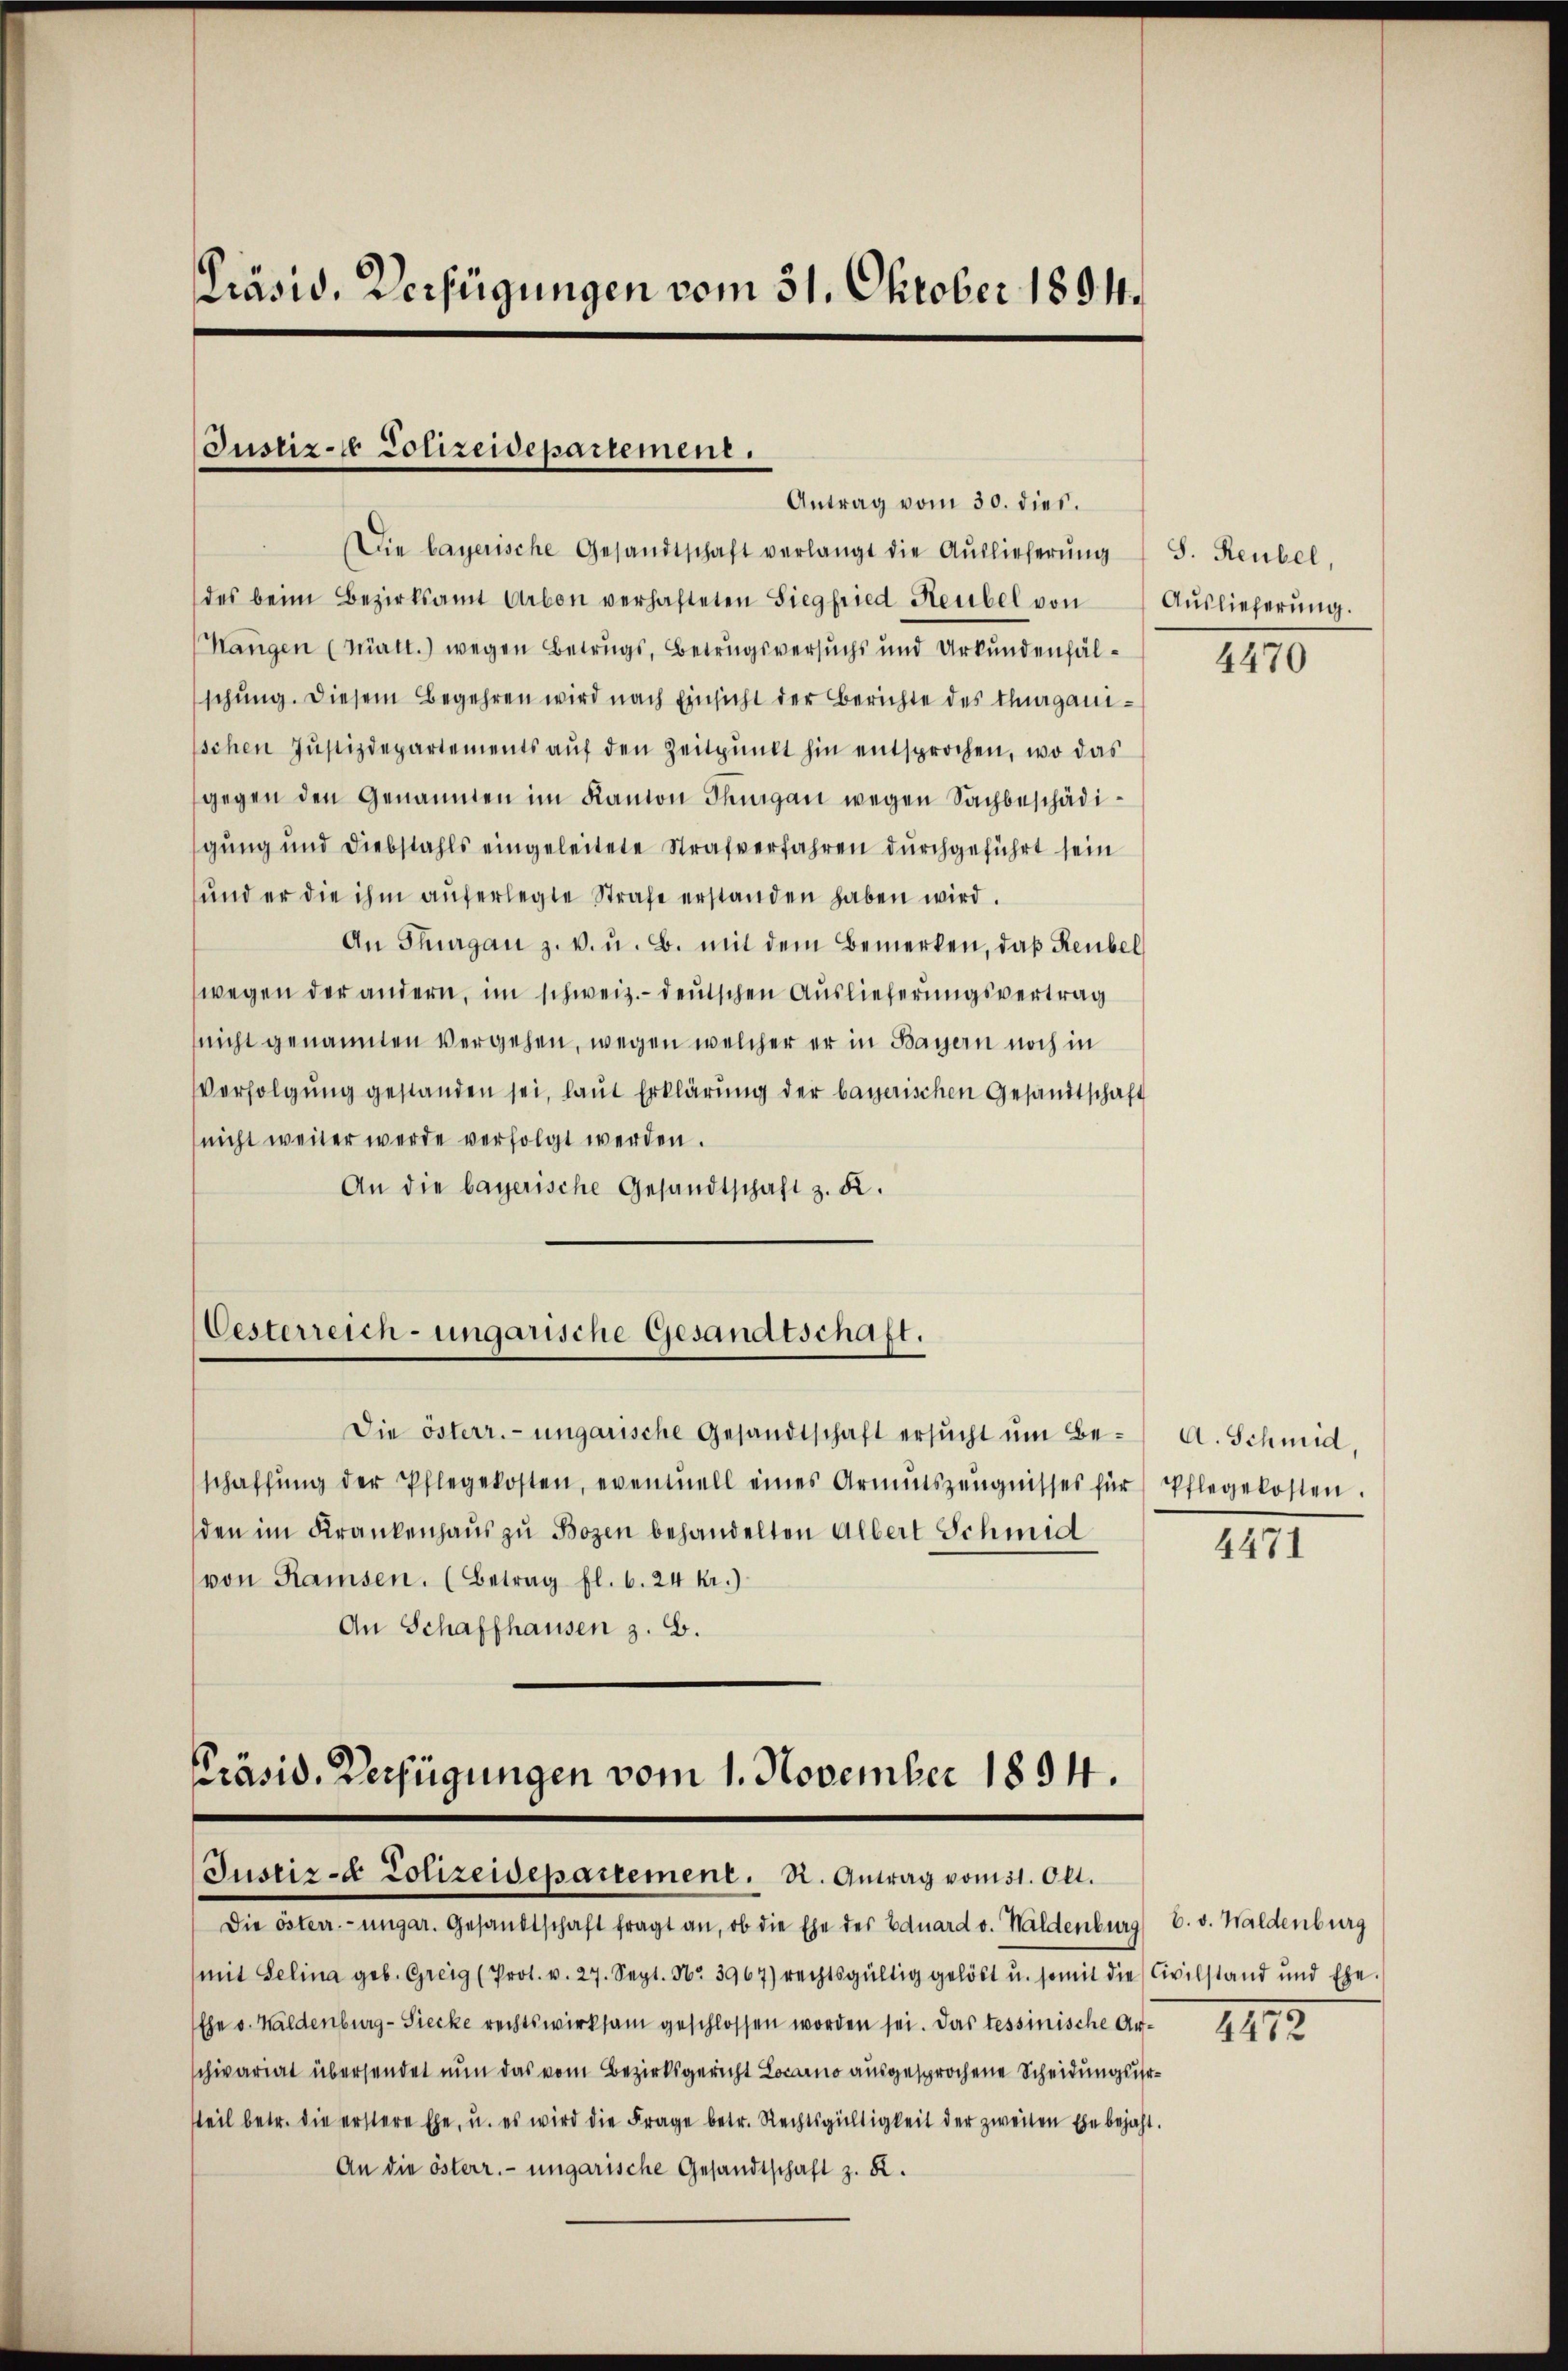
Präsid. Verfügungen vom 31. Oktober 1894.

Justiz- Polizeidepartement.
Antrag vom 30. dies.

Die bayerische Gesandtschaft verlangt die Aŭslieferŭng S. Reubel,
des beim Bezirksamt Arbon verhafteten Siegfried Heubel von Aŭslieferŭng.
Hangen (Matt.) wegen Betrugs, Betrugsversuchs und Urkundenfälschung. Diesem Begehren wird nach Einsicht der Berichte des Thurganischen Justizdepartements auf den Zeitpunkt hin entsprochen, wo das
gegen den Genannten im Kanton Thurgau wegen Sachbeschädigung und Diebstahls eingeleitete Strafverfahren durchgeführt sein
und er die ihm auferlegte Strafe erstanden haben wird.
An Thurgau z. v. u. B. mit dem Bemerken, daß Reubel
wegen der andern, im schweiz.- deutschen Auslieferungsvertrag
nicht genannten Vergehen, wegen welcher er in Bayern noch in
Verfolgŭng gestanden sei, laut Erklärung der bayerischen Gesandtschaft
(nicht weiter werde verfolgt werden.
An die bayerische Gesandtschaft z. B.

Oesterreich-ungarische Gesandtschaft.

Präsid. Verfügungen vom 1. November 1894.
Justiz- & Polizeidepartement. N. Antrag vom 31. Okt.

Die österr. ungarische Gesandtschaft ersŭcht ŭm Be- A. Schmid,
schaffŭng der Pflegekosten, eventuell eines Armutszeŭgnisses für Pflegekosten.
den im Krankenhaus zu Bozen behandelten Albert Schmid
von Ramsen. (Betrag fl. 6. 24 kr.)
An Schaffhausen z. B.

Die österr.-ungar. Gesandtschaft fragt an, ob die Ehe der Eduard v. Haldenburg 6. v. Waldenburg
mit Selina geb. Greig (Prot. v. 27. Sept. No. 3967) rechtsgültig gelöst u. somit die Civilstand und Ehe.
Ehe v. Waldenburg-Siecke rechtswirksam geschlossen worden sei. Das tessinische Aufschivariat übersendet nun das vom Bezirksgericht Locarno ausgesprochene Scheidungsurtteil betr. die erstere Ehe, u. es wird die Frage betr. Rechtsgültigkeit der zweiten Ehe bejaht.
An die österr. ungarische Gesandtschaft z. K.

4470

4471

2112